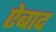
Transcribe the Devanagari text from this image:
ऐबाद